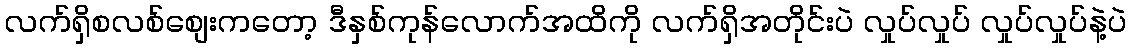
လက်ရှိစလစ်စျေးကတော့ ဒီနှစ်ကုန်လောက်အထိကို လက်ရှိအတိုင်းပဲ လှုပ်လှုပ် လှုပ်လှုပ်နဲ့ပဲ